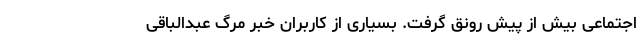
اجتماعی بیش از پیش رونق گرفت. بسیاری از کاربران خبر مرگ عبدالباقی